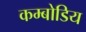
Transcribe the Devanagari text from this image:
कम्बोडिय